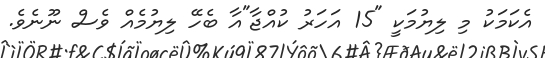
އެކަމަކު މި ލިޔުމަކީ "15 އަހަރު ކުއްޖާ"އާ ބެހޭ ލިޔުމެއް ވެސް ނޫނެވެ.